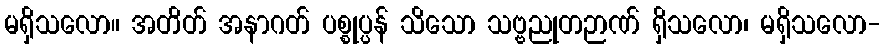
မရှိသလော။ အတိတ် အနာဂတ် ပစ္စုပ္ပန် သိသော သဗ္ဗညုတဉာဏ် ရှိသလော၊ မရှိသလော-